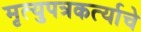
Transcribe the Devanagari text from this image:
मृत्युपत्रकर्त्याचे